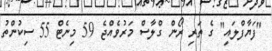
"ފަޔާފްލައި" ގެ ތަރި ރޯން ގްލާސް މަރުވެއްޖެ 59 މިނެޓް 55 ސިކުންތު